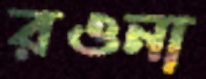
রওনা